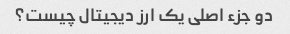
دو جزء اصلی یک ارز دیجیتال چیست؟